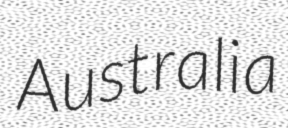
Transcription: Australia